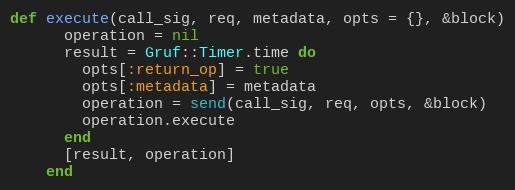
Language: Ruby
def execute(call_sig, req, metadata, opts = {}, &block)
      operation = nil
      result = Gruf::Timer.time do
        opts[:return_op] = true
        opts[:metadata] = metadata
        operation = send(call_sig, req, opts, &block)
        operation.execute
      end
      [result, operation]
    end